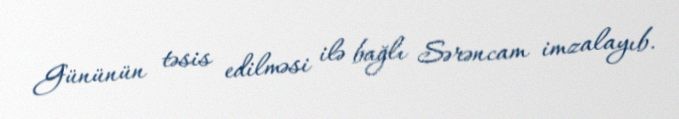
Gününün təsis edilməsi ilə bağlı Sərəncam imzalayıb.